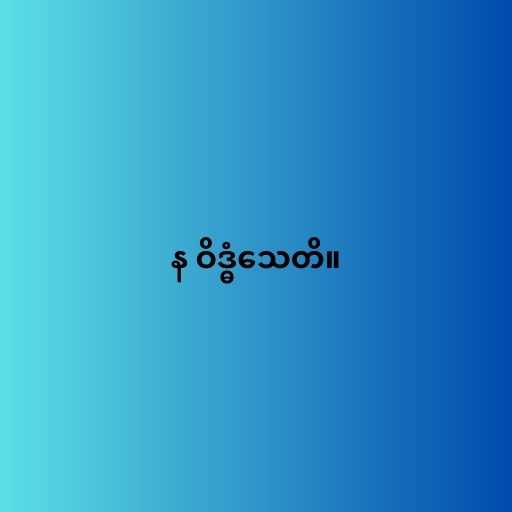
န ဝိဒ္ဓံသေတိ။